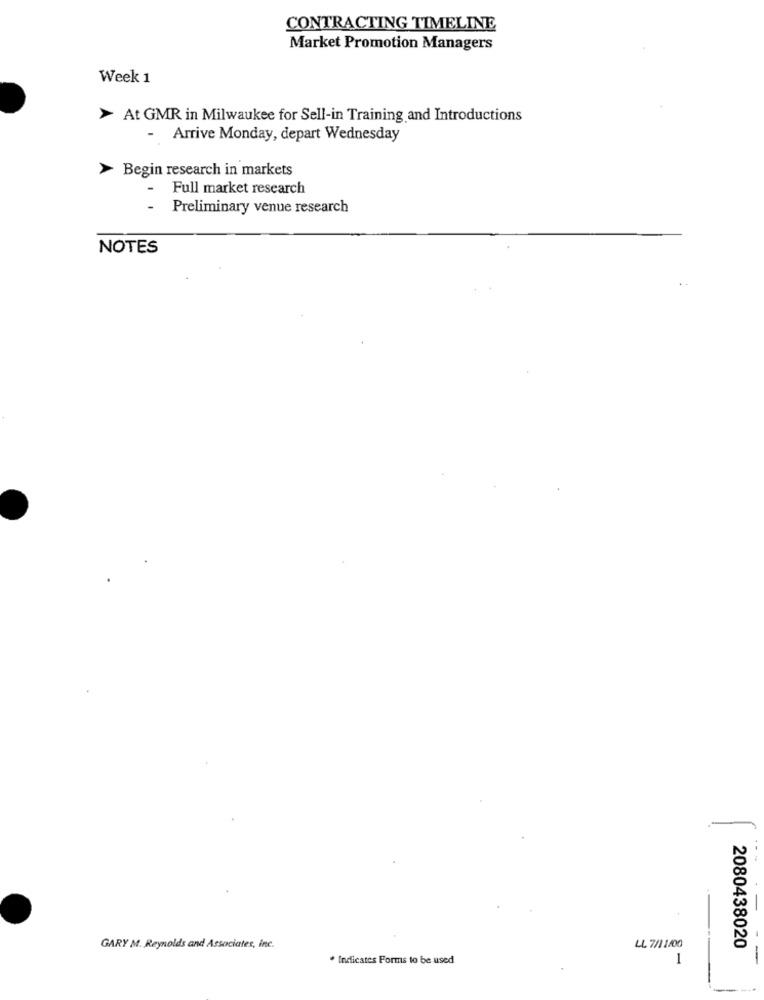
CONTRACTING TIMELINE
Market Promotion Managers
Week 1
At GMR in Milwaukee for Sell-in Training and Introductions
- Arrive Monday, depart Wednesday
Begin research in markets
- Full market research
-
Preliminary venue research
NOTES
GARY M. Reynolds and Associates, Inc.
LL 7/11/00
2080438020
* Indicates Forms to be used
1